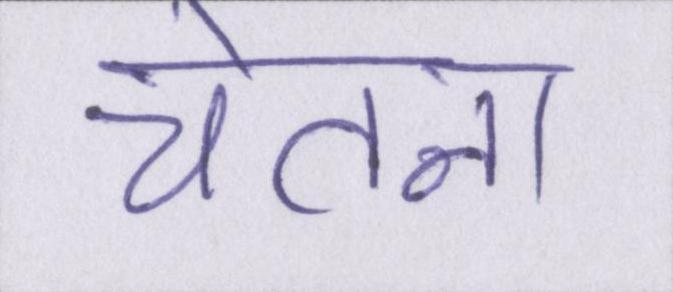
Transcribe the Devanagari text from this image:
चेतना